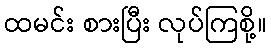
ထမင်း စားပြီး လုပ်ကြစို့။